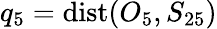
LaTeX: q_{5}=\mathrm{dist}(O_{5},S_{25})